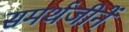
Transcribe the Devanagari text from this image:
समर्थजीनें